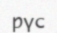
рүс